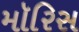
મૉરિસ